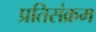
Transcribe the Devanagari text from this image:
प्रतिसंक्रम